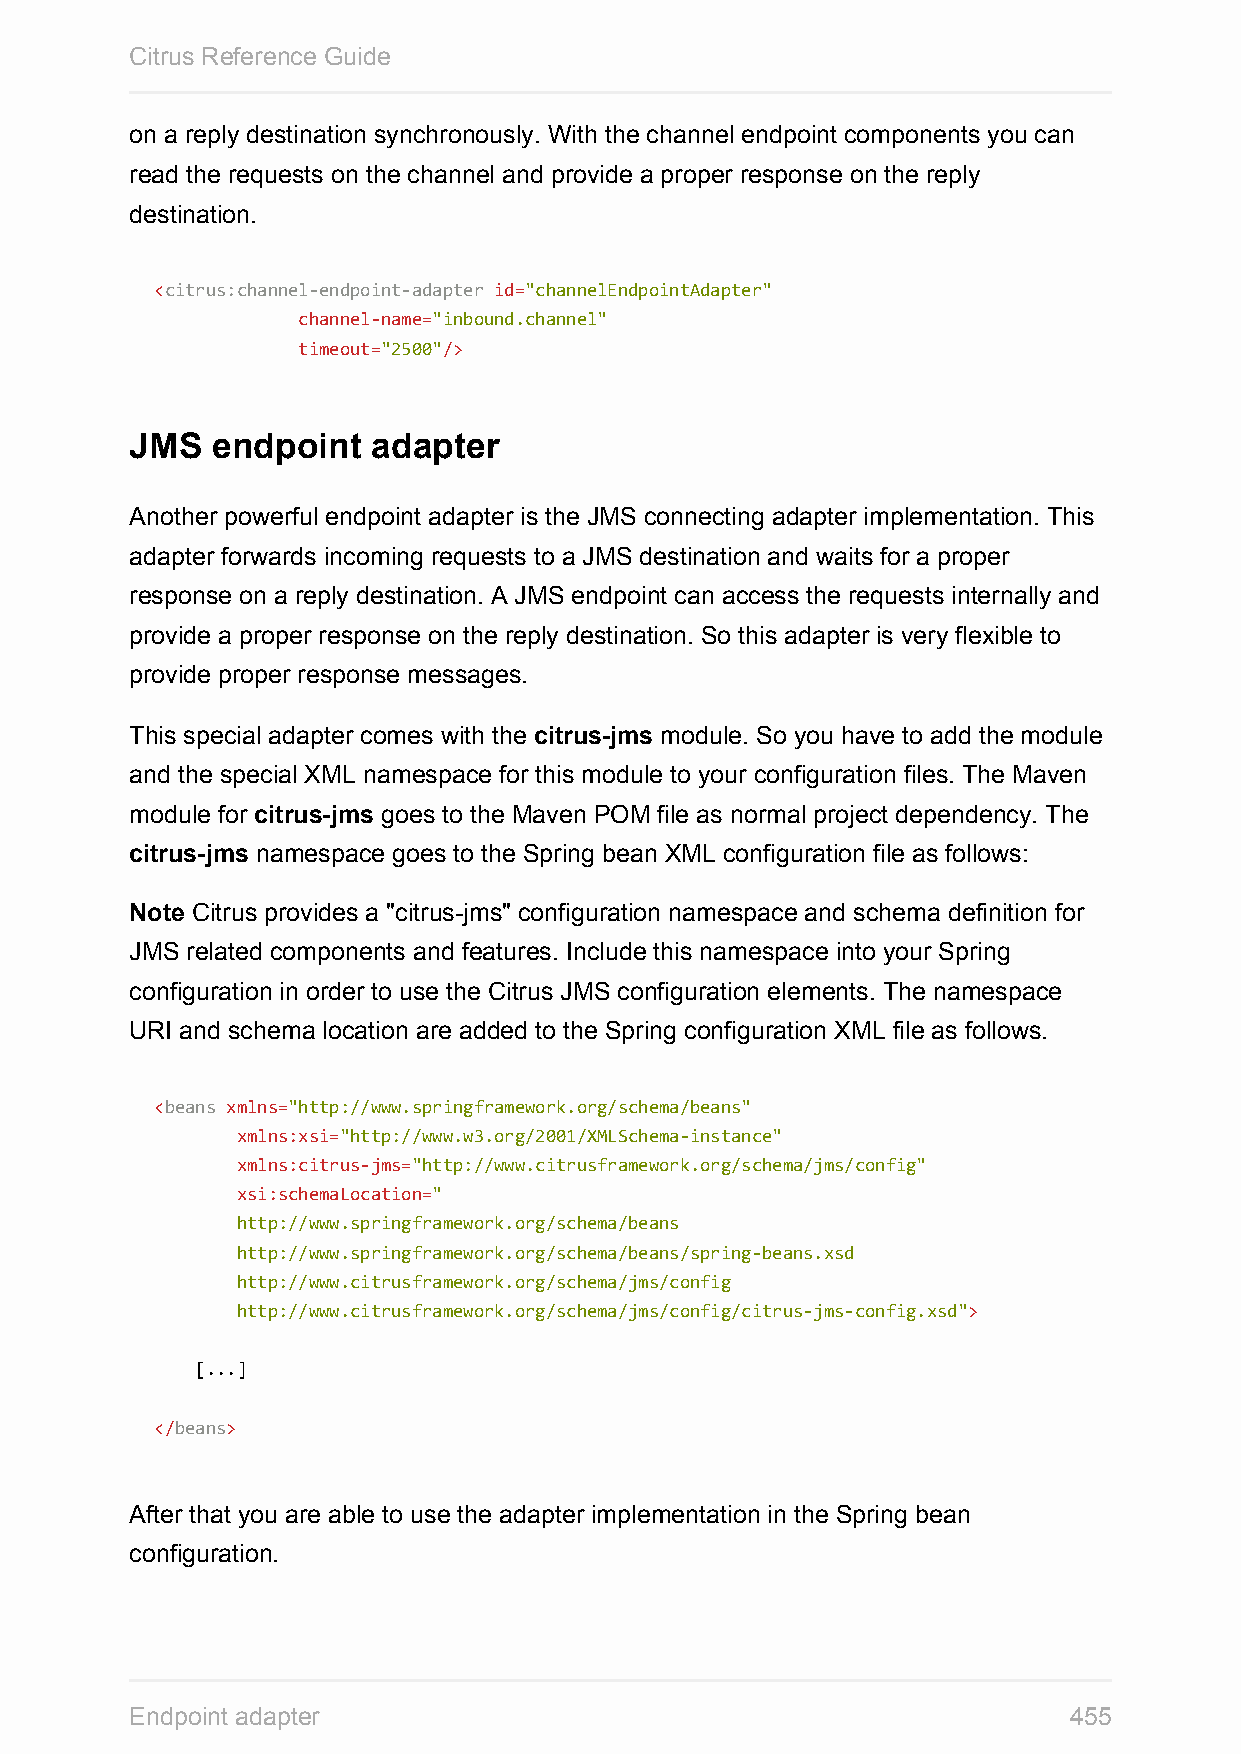
Citrus Reference Guide
 on a reply destination synchronously. With the channel endpoint components you can
 read the requests on the channel and provide a proper response on the reply
 destination.
 <citrus:channel-endpoint-adapter id="channelEndpointAdapter"
 channel-name="inbound.channel"
 timeout="2500"/>
 JMS  endpoint   adapter
 Another powerful endpoint adapter is the JMS connecting adapter implementation. This
 adapter forwards incoming requests to a JMS destination and waits for a proper
 response on a reply destination. A JMS endpoint can access the requests internally and
 provide a proper response on the reply destination. So this adapter is very flexible to
 provide proper response messages.
 This special adapter comes with the citrus-jms module. So you have to add the module
 and the special XML namespace for this module to your configuration files. The Maven
 module for citrus-jms goes to the Maven POM file as normal project dependency. The
 citrus-jms namespace goes to the Spring bean XML configuration file as follows:
 Note Citrus provides a "citrus-jms" configuration namespace and schema definition for
 JMS related components and features. Include this namespace into your Spring
 configuration in order to use the Citrus JMS configuration elements. The namespace
 URI and schema location are added to the Spring configuration XML file as follows.
 <beans xmlns="http://www.springframework.org/schema/beans"
 xmlns:xsi="http://www.w3.org/2001/XMLSchema-instance"
 xmlns:citrus-jms="http://www.citrusframework.org/schema/jms/config"
 xsi:schemaLocation="
 http://www.springframework.org/schema/beans
 http://www.springframework.org/schema/beans/spring-beans.xsd
 http://www.citrusframework.org/schema/jms/config
 http://www.citrusframework.org/schema/jms/config/citrus-jms-config.xsd">
 [...]
 </beans>
 After that you are able to use the adapter implementation in the Spring bean
 configuration.
 Endpoint adapter                                              455